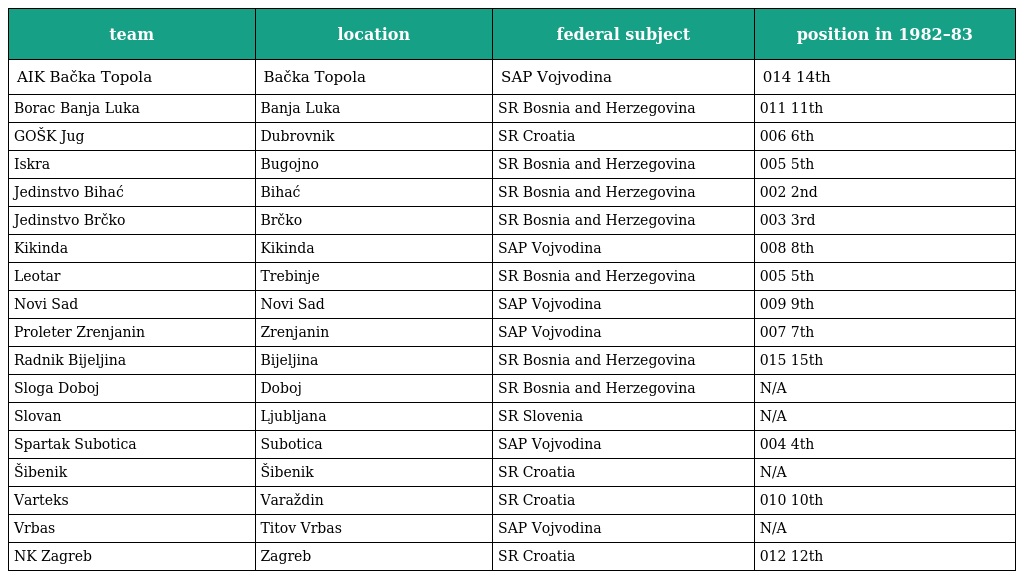
| team | location | federal subject | position in 1982–83 |
 | --- | --- | --- | --- |
 | AIK Bačka Topola | Bačka Topola | SAP Vojvodina | 014 14th |
 | Borac Banja Luka | Banja Luka | SR Bosnia and Herzegovina | 011 11th |
 | GOŠK Jug | Dubrovnik | SR Croatia | 006 6th |
 | Iskra | Bugojno | SR Bosnia and Herzegovina | 005 5th |
 | Jedinstvo Bihać | Bihać | SR Bosnia and Herzegovina | 002 2nd |
 | Jedinstvo Brčko | Brčko | SR Bosnia and Herzegovina | 003 3rd |
 | Kikinda | Kikinda | SAP Vojvodina | 008 8th |
 | Leotar | Trebinje | SR Bosnia and Herzegovina | 005 5th |
 | Novi Sad | Novi Sad | SAP Vojvodina | 009 9th |
 | Proleter Zrenjanin | Zrenjanin | SAP Vojvodina | 007 7th |
 | Radnik Bijeljina | Bijeljina | SR Bosnia and Herzegovina | 015 15th |
 | Sloga Doboj | Doboj | SR Bosnia and Herzegovina | N/A |
 | Slovan | Ljubljana | SR Slovenia | N/A |
 | Spartak Subotica | Subotica | SAP Vojvodina | 004 4th |
 | Šibenik | Šibenik | SR Croatia | N/A |
 | Varteks | Varaždin | SR Croatia | 010 10th |
 | Vrbas | Titov Vrbas | SAP Vojvodina | N/A |
 | NK Zagreb | Zagreb | SR Croatia | 012 12th |